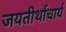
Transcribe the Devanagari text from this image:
जयतीर्थाचार्य